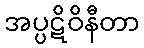
အပ္ပဋိဝိနီတာ